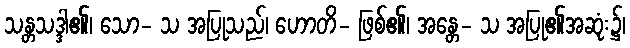
သန္တသဒ္ဒါ၏၊ သော- သ အပြုသည်၊ ဟောတိ- ဖြစ်၏၊ အန္တေ- သ အပြု၏အဆုံး၌၊